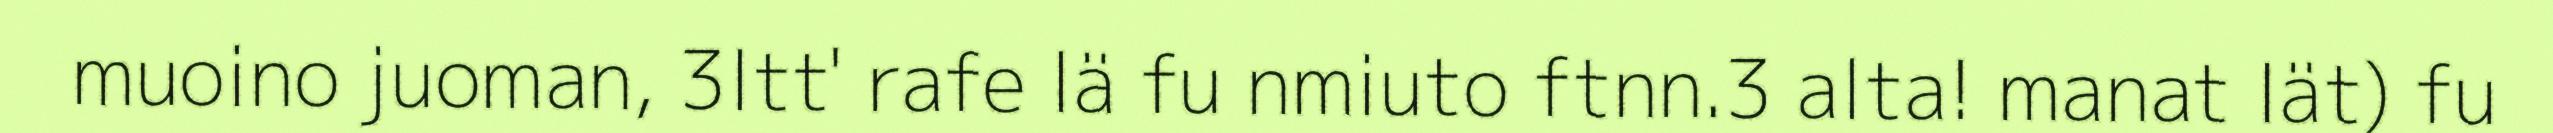
muoino juoman, 3ltt' rafe lä fu nmiuto ftnn.3 alta! manat Iät) fu